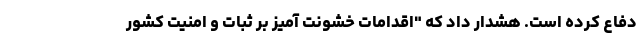
دفاع کرده است. هشدار داد که "اقدامات خشونت آمیز بر ثبات و امنیت کشور